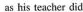
as his teacher did.